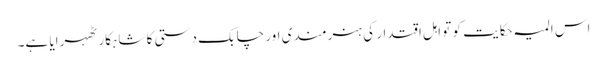
اس المیہ حکایت کو تو اہل اقتدار کی ہنرمندی اور چابک دستی کا شاہکار ٹھہرایا ہے۔